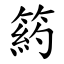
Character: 箹